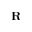
\mathbf { R }